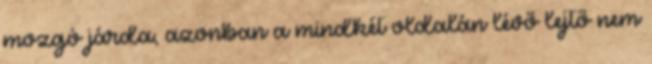
mozgó járda, azonban a mindkét oldalán lévő lejtő nem